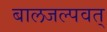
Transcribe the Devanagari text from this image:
बालजल्पवत्